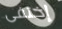
إختفى